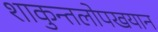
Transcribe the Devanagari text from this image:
शाकुन्तलोपखयान